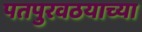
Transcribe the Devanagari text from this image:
पतपुरवठयाच्या